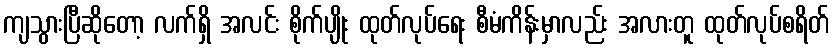
ကျသွားပြီဆိုတော့ လက်ရှိ အလင်း စိုက်ပျိုး ထုတ်လုပ်ရေး စီမံကိန်းမှာလည်း အလားတူ ထုတ်လုပ်စရိတ်